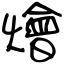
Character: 燴